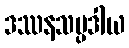
ဒဿနသမ္ပဒါယ